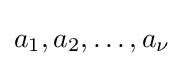
a_{1},a_{2},\ldots ,a_{\nu }